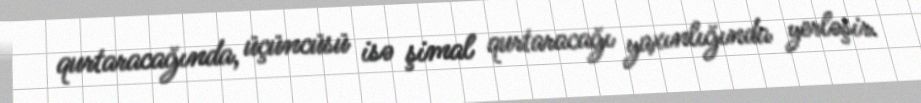
qurtaracağında, üçüncüsü isə şimal qurtaracağı yaxınlığında yerləşir.